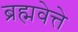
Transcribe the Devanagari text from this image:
ब्रह्मवेत्ते